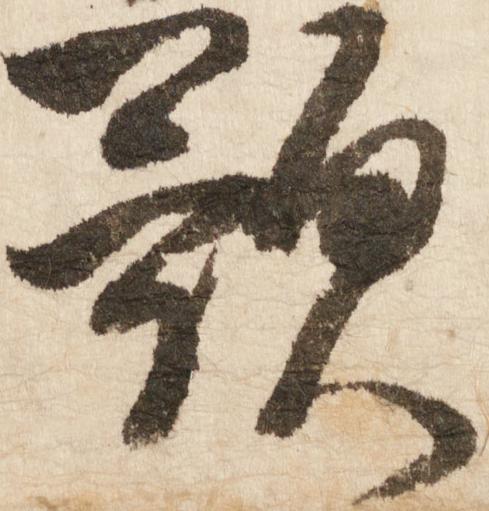
歌